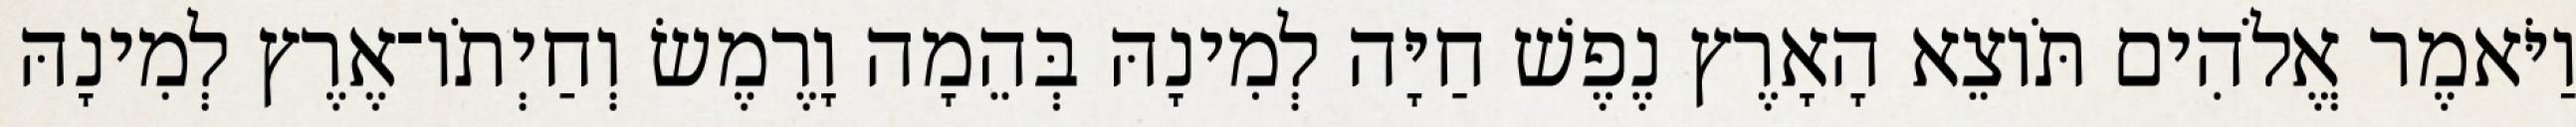
וַיֹּאמֶר אֱלֹהִים תֹּוצֵא הָאָרֶץ נֶפֶשׁ חַיָּה לְמִינָהּ בְּהֵמָה וָרֶמֶשׂ וְחַיְתֹו־אֶרֶץ לְמִינָהּ